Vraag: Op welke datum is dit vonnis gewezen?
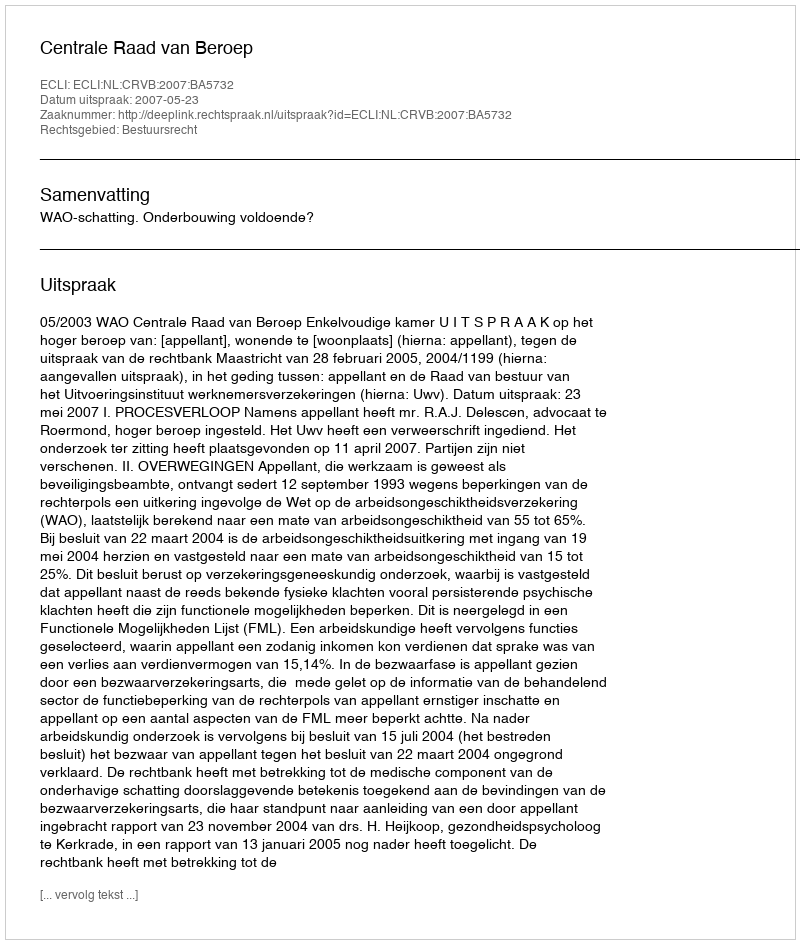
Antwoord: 2007-05-23